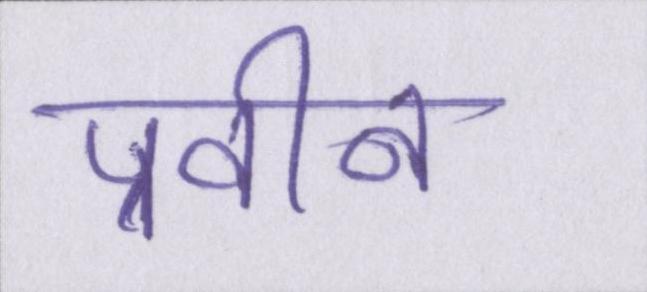
प्रवीन